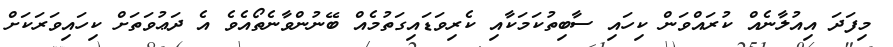
މިފަދަ އިއުލާނެއް ކުރައްވަން ކިހައި ސާބިތުކަމަކާއި ކެރިވަޑައިގަތުމެއް ބޭނުންވާނެތޯއެވެ އެ ދަޢުވަތަށް ކިހައިވަރަކަށް